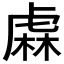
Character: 𧇃